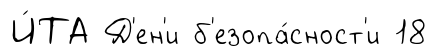
И́ТА Д'ен'и б'езопа́сност'и 18